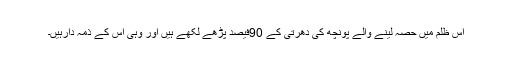
اس ظلم میں حصہ لینے والے پونچھ کی دھرتی کے 90فیصد پڑھے لکھے ہیں اور وہی اس کے ذمہ دارہیں۔